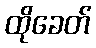
ထိုခေတ်